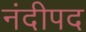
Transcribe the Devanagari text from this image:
नंदीपद